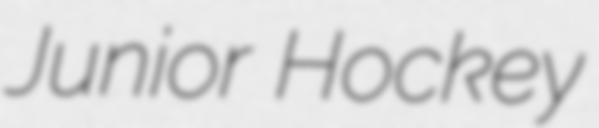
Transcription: Junior Hockey